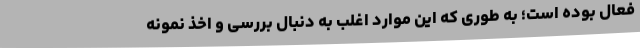
فعال بوده است؛ به طوری که این موارد اغلب به دنبال بررسی و اخذ نمونه